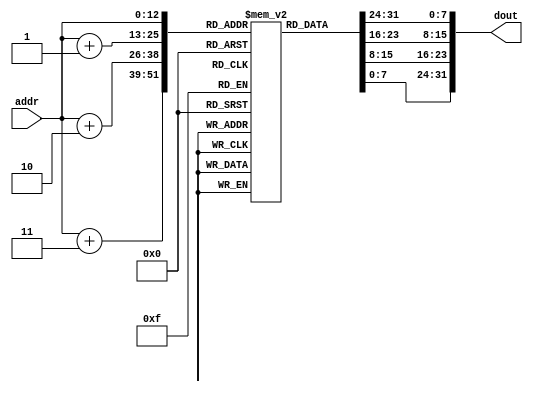
module im(    
    input [12:0] addr,
    output [31:0] dout
);
    reg [7:0] im[8191:0];

    assign dout={im[addr],im[addr+1],im[addr+2],im[addr+3]};
endmodule